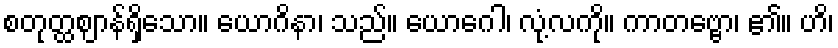
စတုတ္ထဈာန်ရှိသော။ ယောဂိနာ၊ သည်။ ယောဂေါ၊ လုံ့လကို။ ကာတဗ္ဗော၊ ၏။ ဟိ၊